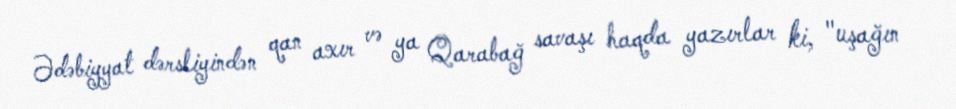
Ədəbiyyat dərsliyindən qan axır və ya Qarabağ savaşı haqda yazırlar ki, "uşağın